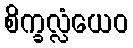
စိက္ခလ္လံယေဝ